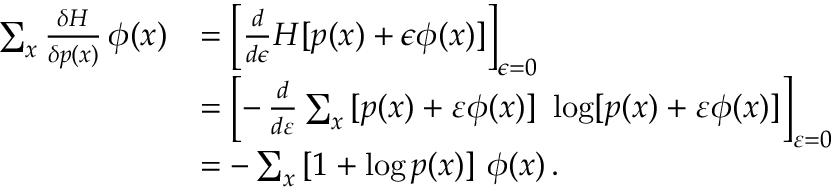
{ \begin{array} { r l } { \sum _ { x } { \frac { \delta H } { \delta p ( x ) } } \, \phi ( x ) } & { = \left[ { \frac { d } { d \epsilon } } H [ p ( x ) + \epsilon \phi ( x ) ] \right] _ { \epsilon = 0 } } \\ & { = \left[ - \, { \frac { d } { d \varepsilon } } \sum _ { x } \, [ p ( x ) + \varepsilon \phi ( x ) ] \ \log [ p ( x ) + \varepsilon \phi ( x ) ] \right] _ { \varepsilon = 0 } } \\ & { = - \sum _ { x } \, [ 1 + \log p ( x ) ] \ \phi ( x ) \, . } \end{array} }